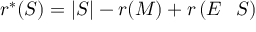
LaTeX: r ^ { * } ( S ) = | S | - r ( M ) + r \left( E \setminus S \right)